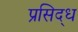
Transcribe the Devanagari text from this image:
प्रसिद्‍ध